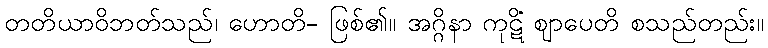
တတိယာဝိဘတ်သည်၊ ဟောတိ- ဖြစ်၏။ အဂ္ဂိနာ ကုဋိံ ဈာပေတိ စသည်တည်း။